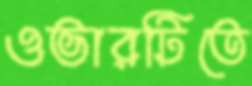
ওভারটিতে